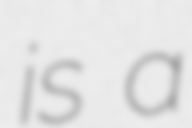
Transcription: is a